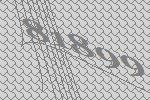
81899